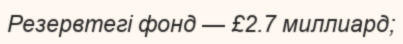
Резервтегі фонд — £2.7 миллиард;